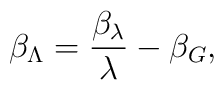
\beta_{\Lambda} = \frac{\beta_{\lambda}}{\lambda} - \beta_G,